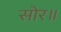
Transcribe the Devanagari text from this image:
सोर॥